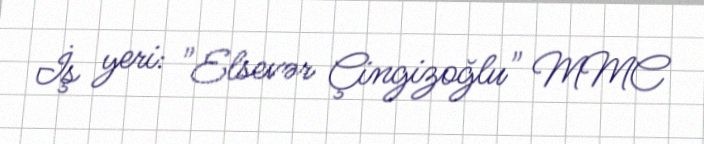
İş yeri: "Elsevər Çingizoğlu" MMC